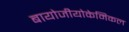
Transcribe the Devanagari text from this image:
बायोजीयोकेमिकल